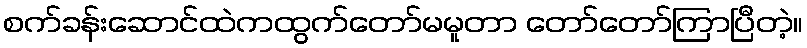
စက်ခန်းဆောင်ထဲကထွက်တော်မမူတာ တော်တော်ကြာပြီတဲ့။